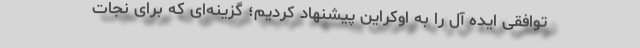
توافقی ایده آل را به اوکراین پیشنهاد کردیم؛ گزینه‌ای که برای نجات